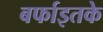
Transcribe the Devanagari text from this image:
बर्फाइतके